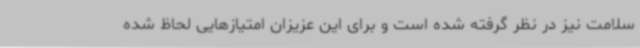
سلامت نیز در نظر گرفته شده است و برای این عزیزان امتیازهایی لحاظ شده